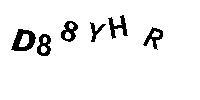
D88YHR